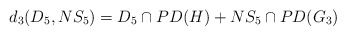
\begin{align*}d_3(D_5,NS_5)=D_5 \cap PD(H) + NS_5\cap PD(G_3)\end{align*}